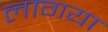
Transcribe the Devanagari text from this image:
लागया